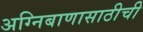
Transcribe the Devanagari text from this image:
अग्निबाणासाठीची